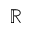
\mathbb { R }